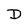
Character: D